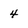
Character: 4